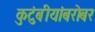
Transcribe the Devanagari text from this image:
कुटुंबीयांबरोबर